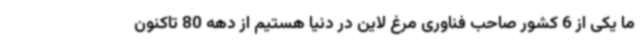
ما یکی از 6 کشور صاحب فناوری مرغ لاین در دنیا هستیم از دهه 80 تاکنون